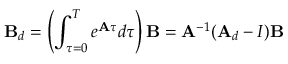
\mathbf { B } _ { d } = \left( \int _ { \tau = 0 } ^ { T } e ^ { \mathbf { A } \tau } d \tau \right) \mathbf { B } = \mathbf { A } ^ { - 1 } ( \mathbf { A } _ { d } - I ) \mathbf { B }